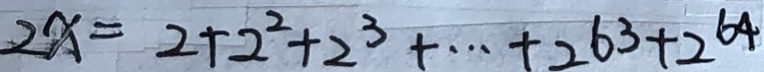
2 x = 2 + 2 ^ { 2 } + 2 ^ { 3 } + \cdots + 2 6 3 + 2 ^ { 6 4 }